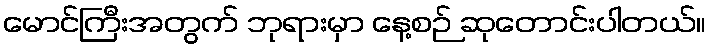
မောင်ကြီးအတွက် ဘုရားမှာ နေ့စဉ် ဆုတောင်းပါတယ်။